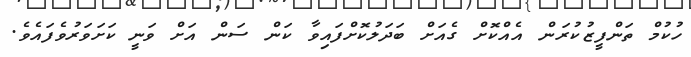
ހުކުމް ތަންފީޒުކުރަން އެއްކޮށް ގެއަށް ބަދަލުކޮށްފައިވާ ކަން ސަން އަށް ވަނީ ކަށަވަރުވެފައެވެ.